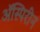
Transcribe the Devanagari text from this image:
ॲस्पिरीन